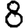
Digit: 8